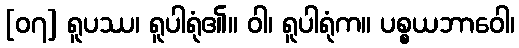
[၀၇] ရူပဿ၊ ရူပါရုံ၏။ ဝါ၊ ရူပါရုံက။ ပစ္စယဘာဝေါ၊